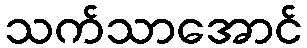
သက်သာအောင်